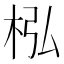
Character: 𣐜